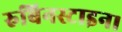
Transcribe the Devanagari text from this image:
रुबिनस्टाइन।